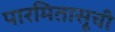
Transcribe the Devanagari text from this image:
पारमितासूची